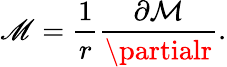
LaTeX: \mathscr{M}=\frac{{1}}{{r}}\frac{{\partial\mathcal{{M}}}}{{\partialr}}.